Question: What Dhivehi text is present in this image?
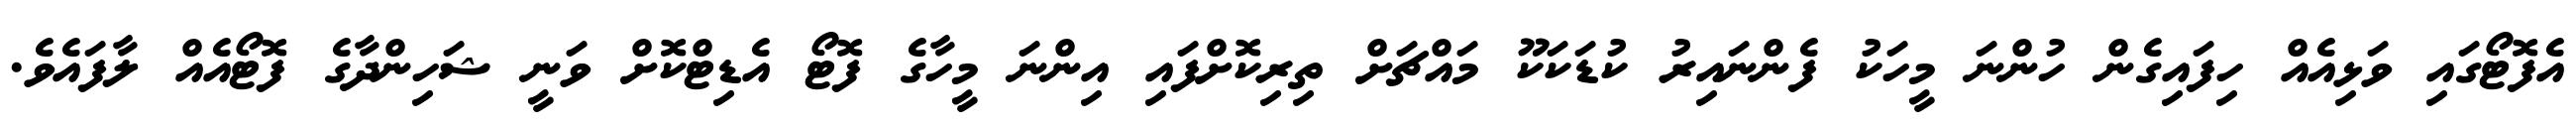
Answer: އެފޮޓޯގައި ވަޅިއެއް ހިފައިގެން ހުންނަ މީހަކު ފެންނައިރު ކުޑަކަކޫ މައްޗަށް ތިރިކޮށްފައި އިންނަ މީހާގެ ފޮޓޯ އެޑިޓްކޮށް ވަނީ ޝަހިންދާގެ ފޮޓޯއެއް ލާފައެވެ.